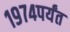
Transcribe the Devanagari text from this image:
१९७४पर्यंत